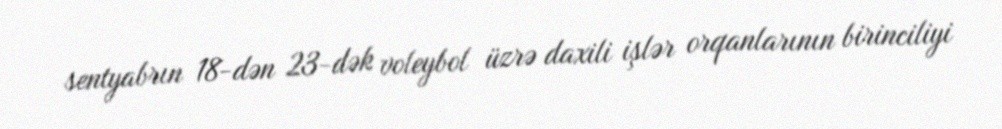
sentyabrın 18-dən 23-dək voleybol üzrə daxili işlər orqanlarının birinciliyi